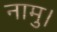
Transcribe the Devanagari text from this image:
नामु।